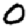
Digit: 0